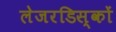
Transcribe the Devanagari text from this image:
लेजरडिस्कों